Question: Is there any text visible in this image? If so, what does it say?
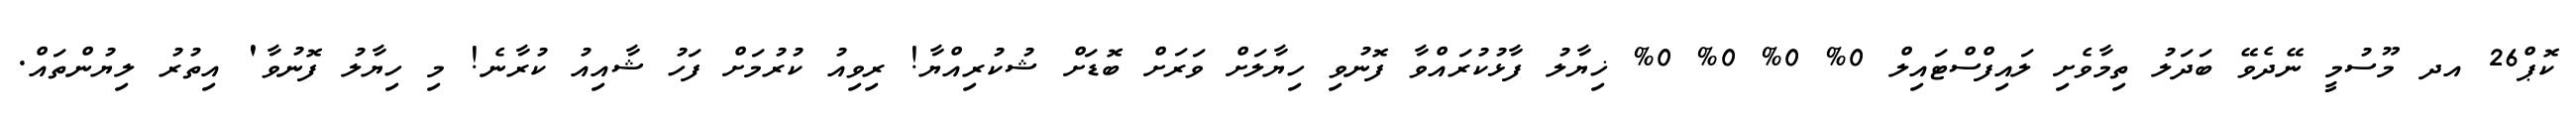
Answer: ކޮޕް26 އދ މޫސުމީ ނޭދެވޭ ބަދަލު ތިމާވެށި ލައިފްސްޓައިލް 0% 0% 0% 0% ޚިޔާލު ފާޅުކުރައްވާ ފޮނުވި ހިޔާލަށް ވަރަށް ބޮޑަށް ޝުކުރިއްޔާ! ރިވިއު ކުރުމަށް ފަހު ޝާއިއު ކުރާނެ! މި ހިޔާލު ފޮނުވާ' އިތުރު ލިޔުންތައް.